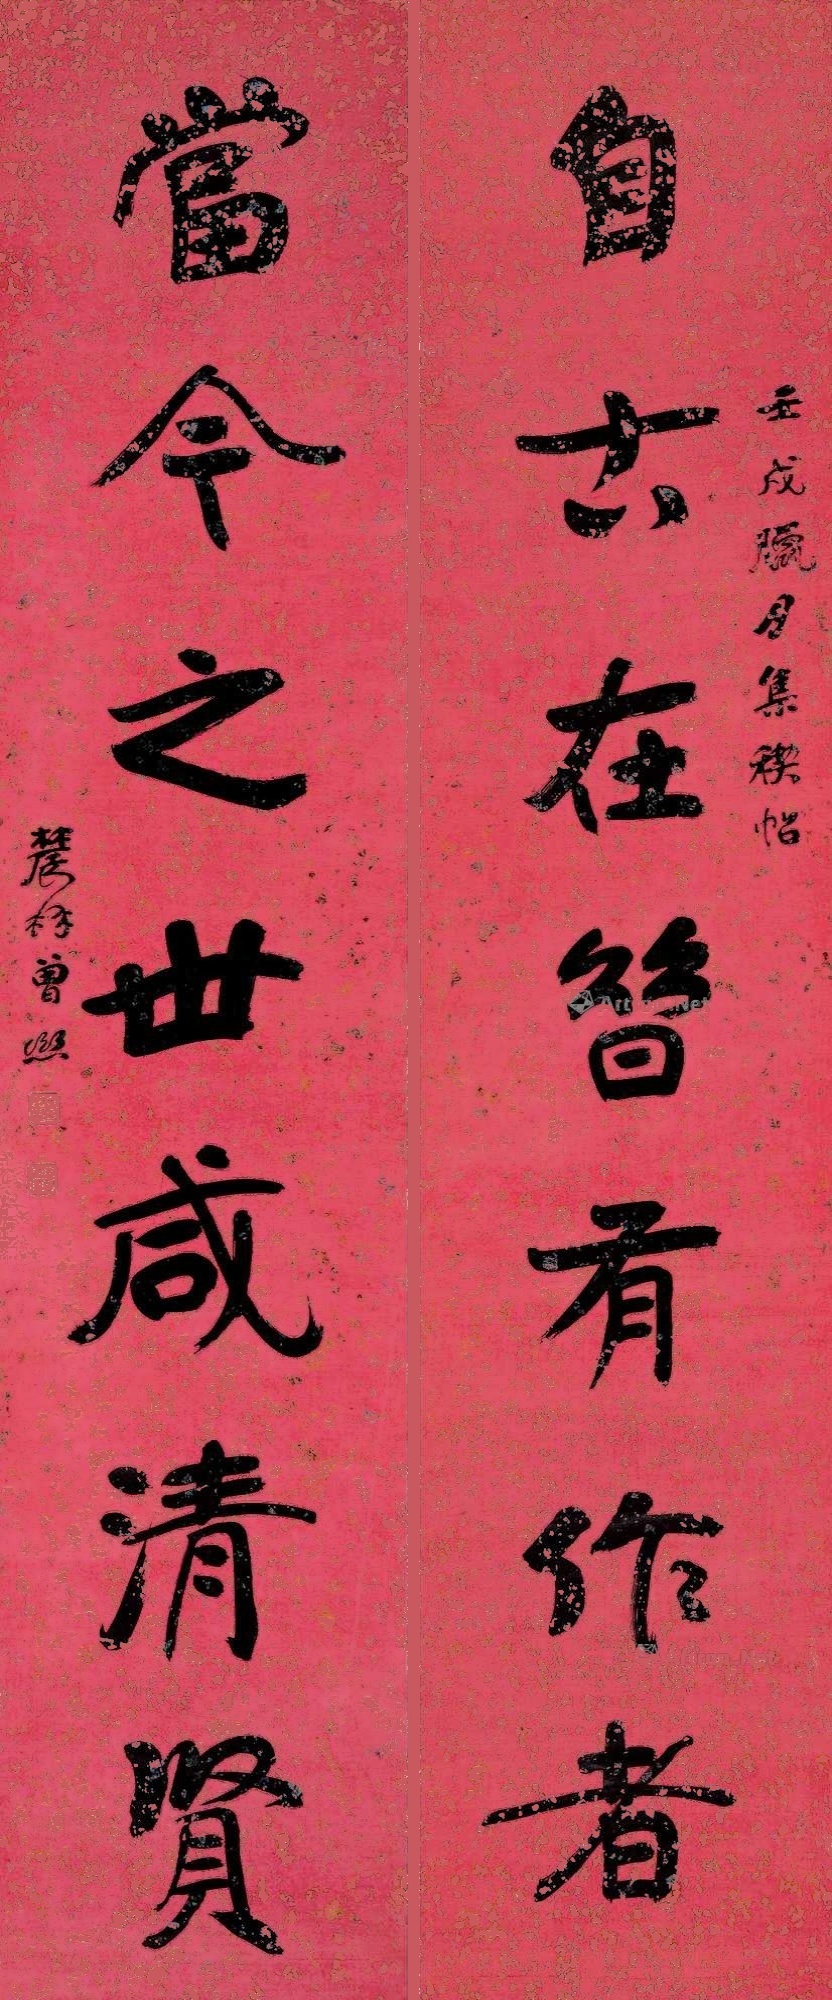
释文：自古在昔有作者，当今之世咸清贤。壬戌腊月集稧帖，农冉曾熙。